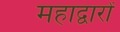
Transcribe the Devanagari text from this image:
महाद्वारों